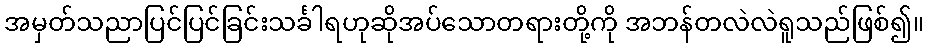
အမှတ်သညာပြင်ပြင်ခြင်းသင်္ခါရဟုဆိုအပ်သောတရားတို့ကို အဘန်တလဲလဲရူသည်ဖြစ်၍။